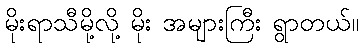
မိုးရာသီမို့လို့ မိုး အများကြီး ရွာတယ်။